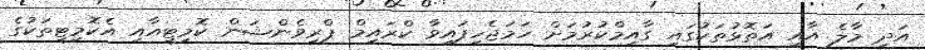
އަދި މާލެ އާއި އަތޮޅުތަކުގައި ގާއިމްކުރުމަށް ހަމަޖެހިފައިވާ ކްރައިމް ޕްރިވެންޝަން ކޮމިޓީއާއި އެކޮމިޓީތަކުގެ